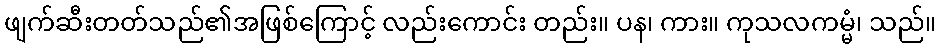
ဖျက်ဆီးတတ်သည်၏အဖြစ်ကြောင့် လည်းကောင်း တည်း။ ပန၊ ကား။ ကုသလကမ္မံ၊ သည်။